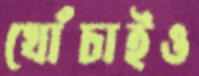
খোঁচাইও